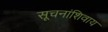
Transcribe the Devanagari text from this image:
सूचनांशिवाय